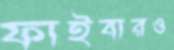
ফাইবারও